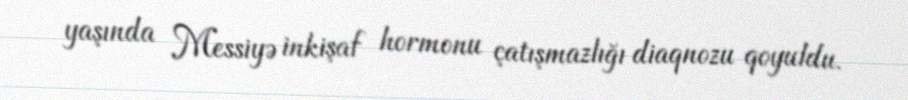
yaşında Messiyə inkişaf hormonu çatışmazlığı diaqnozu qoyuldu.